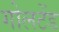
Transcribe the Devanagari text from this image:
गोलटेंड